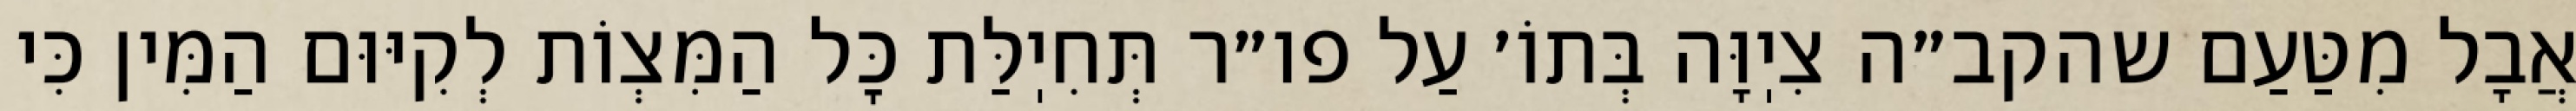
אֲבָל מִטַּעַם שהקב״ה צִיֽוָּה בְּתוֹ׳ עַל פו״ר תְּחִיֽלַּת כׇּל הַמִּצְוֹת לְקִיּוּם הַמִּין כִּי